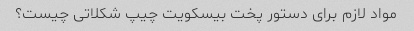
مواد لازم برای دستور پخت بیسکویت چیپ شکلاتی چیست؟